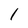
Character: 1